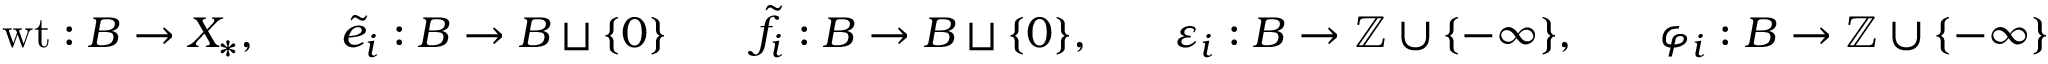
\begin{array} { r l r l r l r l r } { { \operatorname { w t } } : B \rightarrow X _ { * } , } & { } & { { \tilde { e } } _ { i } : B \rightarrow B \sqcup \{ 0 \} } & { } & { { \tilde { f } } _ { i } : B \rightarrow B \sqcup \{ 0 \} , } & { } & { { \varepsilon } _ { i } : B \rightarrow { \mathbb { Z } } \cup \{ - \infty \} , } & { } & { \varphi _ { i } : B \rightarrow { \mathbb { Z } } \cup \{ - \infty \} } \end{array}